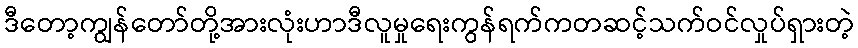
ဒီတော့ကျွန်တော်တို့အားလုံးဟာဒီလူမှုရေးကွန်ရက်ကတဆင့်သက်ဝင်လှုပ်ရှားတဲ့